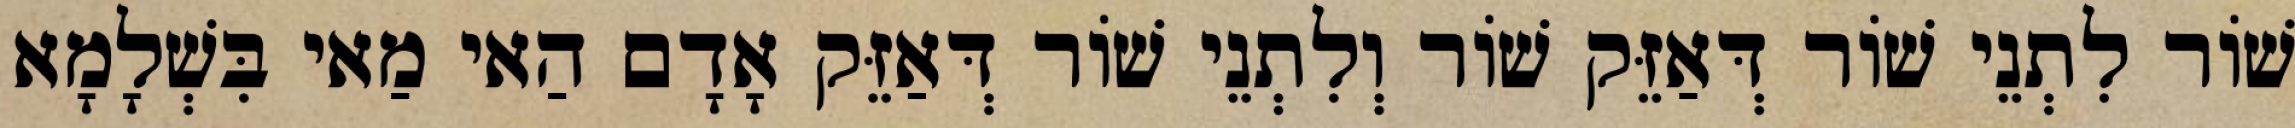
שׁוֹר לִתְנֵי שׁוֹר דְּאַזֵּק שׁוֹר וְלִתְנֵי שׁוֹר דְּאַזֵּק אָדָם הַאי מַאי בִּשְׁלָמָא